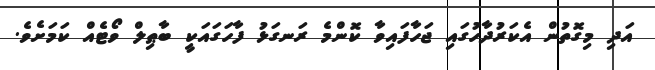
އަދި މިގޮތުން އެކަރުދާހުގައި ޖަހާފައިވާ ކޮންމެ ރަނގަޅު ފާހަގައަކީ ބާޠިލް ވޯޓެއް ކަމަށެެވެ.